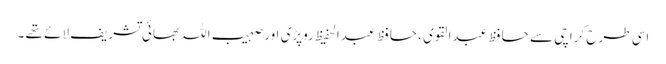
اسی طرح کراچی سے حافظ عبدالقوی ،حافظ عبدالحفیظ روپڑی اور صہیب اللہ بھائی تشریف لائے تھے ۔